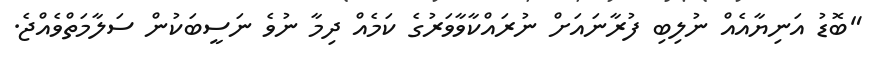
"ބޮޑު އަނިޔާއެއް ނުލިބި ފުރާނައަށް ނުރައްކާވާވަރުގެ ކަމެއް ދިމާ ނުވެ ނަސީބަކުން ސަލާމަތްވެއްޖެ.